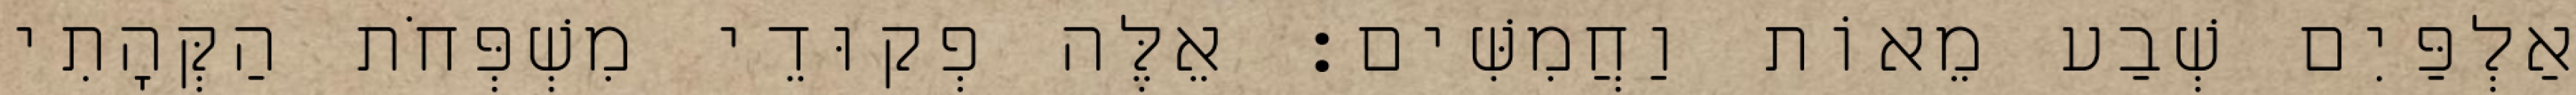
אַלְפַּיִם שְׁבַע מֵאוֹת וַחֲמִשִּׁים׃ אֵלֶּה פְקוּדֵי מִשְׁפְּחֹת הַקְּהָתִי